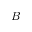
B